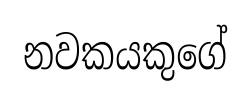
නවකයකුගේ